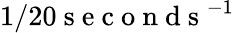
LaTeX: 1/20\mathrm{~s~e~c~o~n~d~s~}^{-1}